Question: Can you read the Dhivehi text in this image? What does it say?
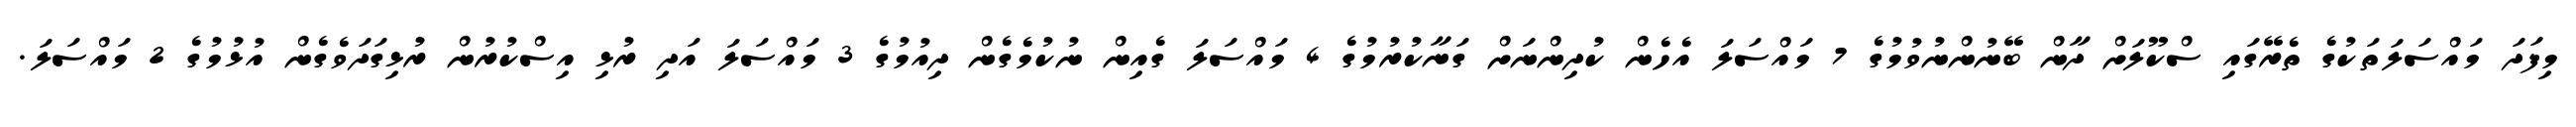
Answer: މިފަދަ މައްސަލަތަކުގެ ތެރޭގައި ސްކޫލަށް ދާން ބޭނުންނުވުމުގެ 7 މައްސަލަ އެހެން ކުދިންނަށް ގަނާކުރުމުގެ 4 މައްސަލަ ގެއިން ނުކުމެގެން ދިއުމުގެ 3 މައްސަލަ އަދި ރުޅި އިސްކުރުން ރުޅިގަދަވެގެން އުޅުމުގެ 2 މައްސަލަ.